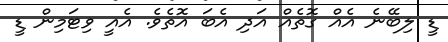
ޑީ ލިބޭނެ އެއް ގޮތެއް އަދި އެބަ އޮތެވެ. އެއީ ވިޓަމިން ޑީ